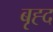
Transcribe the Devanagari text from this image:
बृह्द